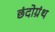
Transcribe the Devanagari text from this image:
छंदोग्रंथ